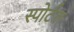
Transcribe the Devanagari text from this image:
स्पोर्टल